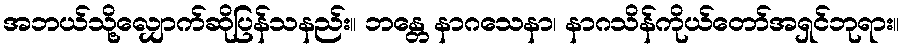
အဘယ်သို့လျှောက်ဆိုပြန်သနည်း။ ဘန္တေ နာဂသေနာ၊ နာဂသိန်ကိုယ်တော်အရှင်ဘုရား။